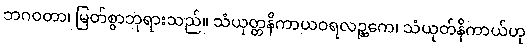
ဘဂဝတာ၊ မြတ်စွာဘုရားသည်။ သံယုတ္တနိကာယဝရလဉ္ဆကေ၊ သံယုတ်နိကာယ်ဟု